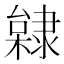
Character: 𨽿